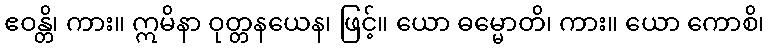
ဧဝန္တိ၊ ကား။ ဣမိနာ ဝုတ္တနယေန၊ ဖြင့်။ ယော ဓမ္မောတိ၊ ကား။ ယော ကောစိ၊